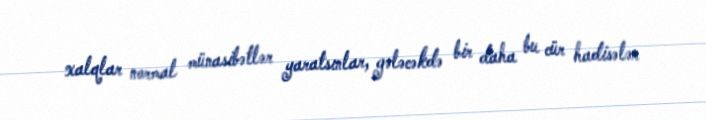
xalqlar normal münasibətlər yaratsınlar, gələcəkdə bir daha bu cür hadisələr